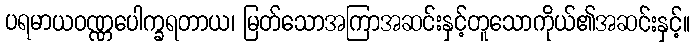
ပရမာယဝဏ္ဏပေါက္ခရတာယ၊ မြတ်သောအကြာအဆင်းနှင့်တူသောကိုယ်၏အဆင်းနှင့်။